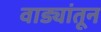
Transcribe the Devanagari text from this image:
वाड्यांतून